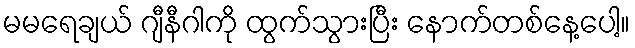
မမရေချယ် ဂျီနီဂါကို ထွက်သွားပြီး နောက်တစ်နေ့ပေါ့။